Annual statistical returns and brief notes on vaccination in Bengal - 1909-1929
Year: 1909
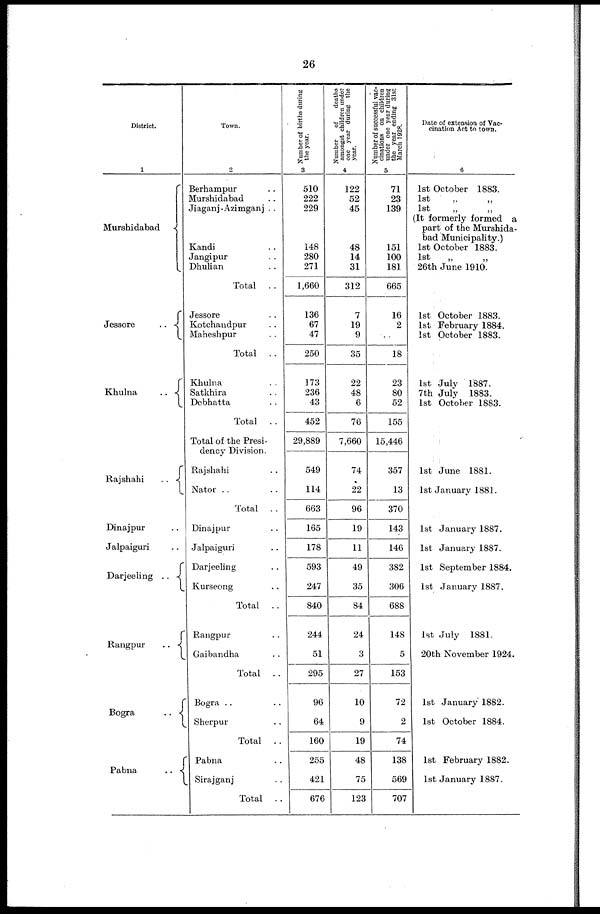
26
District.
1
Murshidabad
Jessore..
Khulna..
..
Rajshahi..
Dinajpur..
Jalpaiguri..
Darjeeling
..
Rangpur
..
Bogra..
Pabna
..
Town.
2
Berhampur.. ..
Murshidabad.. ..
Jiaganj-Azimganj ..
Kandi.. ..
Jangipur.. ..
Dhulian.. ..
Total
..
Jessore..
Kotchandpur..
Maheshpur..
Total
..
Khulna..
Satkhira..
Debhatta..
Total
..
Total of the Presi-
dency Division.
Rajshahi..
Nator..
Total
..
Dinajpur..
Jalpaiguri..
Darjeeling..
Kurseong..
Total
..
Rangpur..
Gaibandha..
Total . .
Bogra..
Sherpur..
Total
..
Pabna..
Sirajganj..
Total
..
Nu mb e r of bi r t hs during
the year.
3
510
222
229
148
280
271
1,660
136
67
47
250
173
236
43
452
29,889
549
114
663
165
178
593
247
840
244
51
295
96
64
160
255
421
676
Nu mb e r of deat hs
amongst children under
one year dur i
ng the
year.
4
122
52
45
48
14
31
312
7
19
9
35
22
48
6
76
7,660
74
22
96
19
11
49
35
84
24
3
27
10
9
19
48
75
123
Nu mb e r of s u c c e s s f u l vac-
cinations on children
under one year dur i
ng
the
year endi ng 31st
Ma r
c h 1928.
5
71
23
139
151
100
181
665
16
2
..
18
23
80
52
155
15,446
357
13
370
143
146
382
306
688
148
5
153
72
2
74
138
569
707
Date of extension of Vac-
cination Act to town.
6
1st October 1883.
1st „ „
1st
„
„
(It formerly formed a
part of the Murshida-
bad Municipality.)
1st October 1883.
1st „ „
26th June 1910.
1st October 1883.
1st February 1884.
1st October 1883.
1st July 1887.
7th July 1883.
1st October 1883.
1st June 1881.
1st January 1881.
1st January 1887.
1st January 1887.
1st September 1884.
1st January 1887.
1st July 1881.
20th November 1924.
1st January 1882.
1st October 1884.
1st February 1882.
1st January 1887.